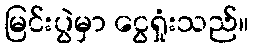
မြင်းပွဲမှာ ငွေရှုံးသည်။